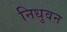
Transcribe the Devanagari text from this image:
निधुवन